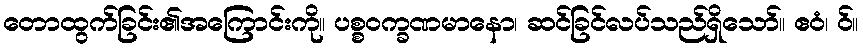
တောထွက်ခြင်း၏အကြောင်းကို။ ပစ္စဝက္ခဏမာနော၊ ဆင်ခြင်လပ်သည်ရှိသော်။ ဧဝံ၊ ဝ်။